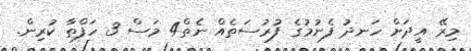
މިރޭ އީދަށް ހަނދު ފެނުމުގެ ފުރުސަތެއް ނެތް4 މަސް 3 ހަފްތާ ކުރިން.